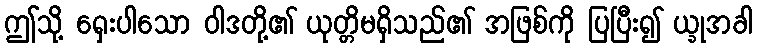
ဤသို့ ရှေးပါသော ဝါဒတို့၏ ယုတ္တိမရှိသည်၏ အဖြစ်ကို ပြပြီး၍ ယ္ခုအခါ